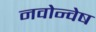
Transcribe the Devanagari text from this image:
नवोन्वेष